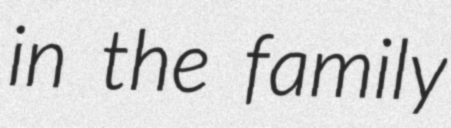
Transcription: in the family